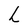
Character: L